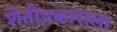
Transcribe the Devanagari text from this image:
शेतीप्रकाराला